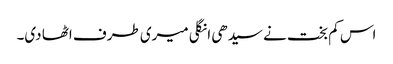
اس کم بخت نے سیدھی انگلی میری طرف اٹھا دی۔